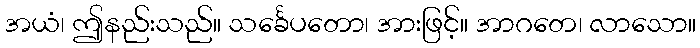
အယံ၊ ဤနည်းသည်။ သင်္ခေပတော၊ အားဖြင့်။ အာဂတေ၊ လာသော။